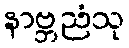
နာဗ္ဘညံသု